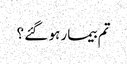
تم بیمار ہو گئے ؟